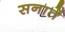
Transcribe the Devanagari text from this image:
सनातें